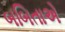
બબિતાએ